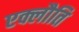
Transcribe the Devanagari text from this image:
एक्लौति